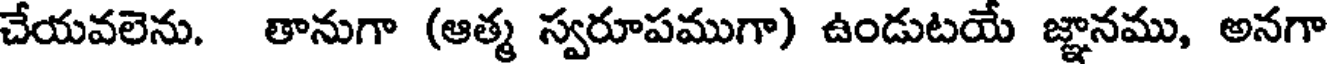
చేయవలెను. తానుగా (ఆత్మ స్వరూపముగా) ఉండుటయే జ్ఞానము, అనగా